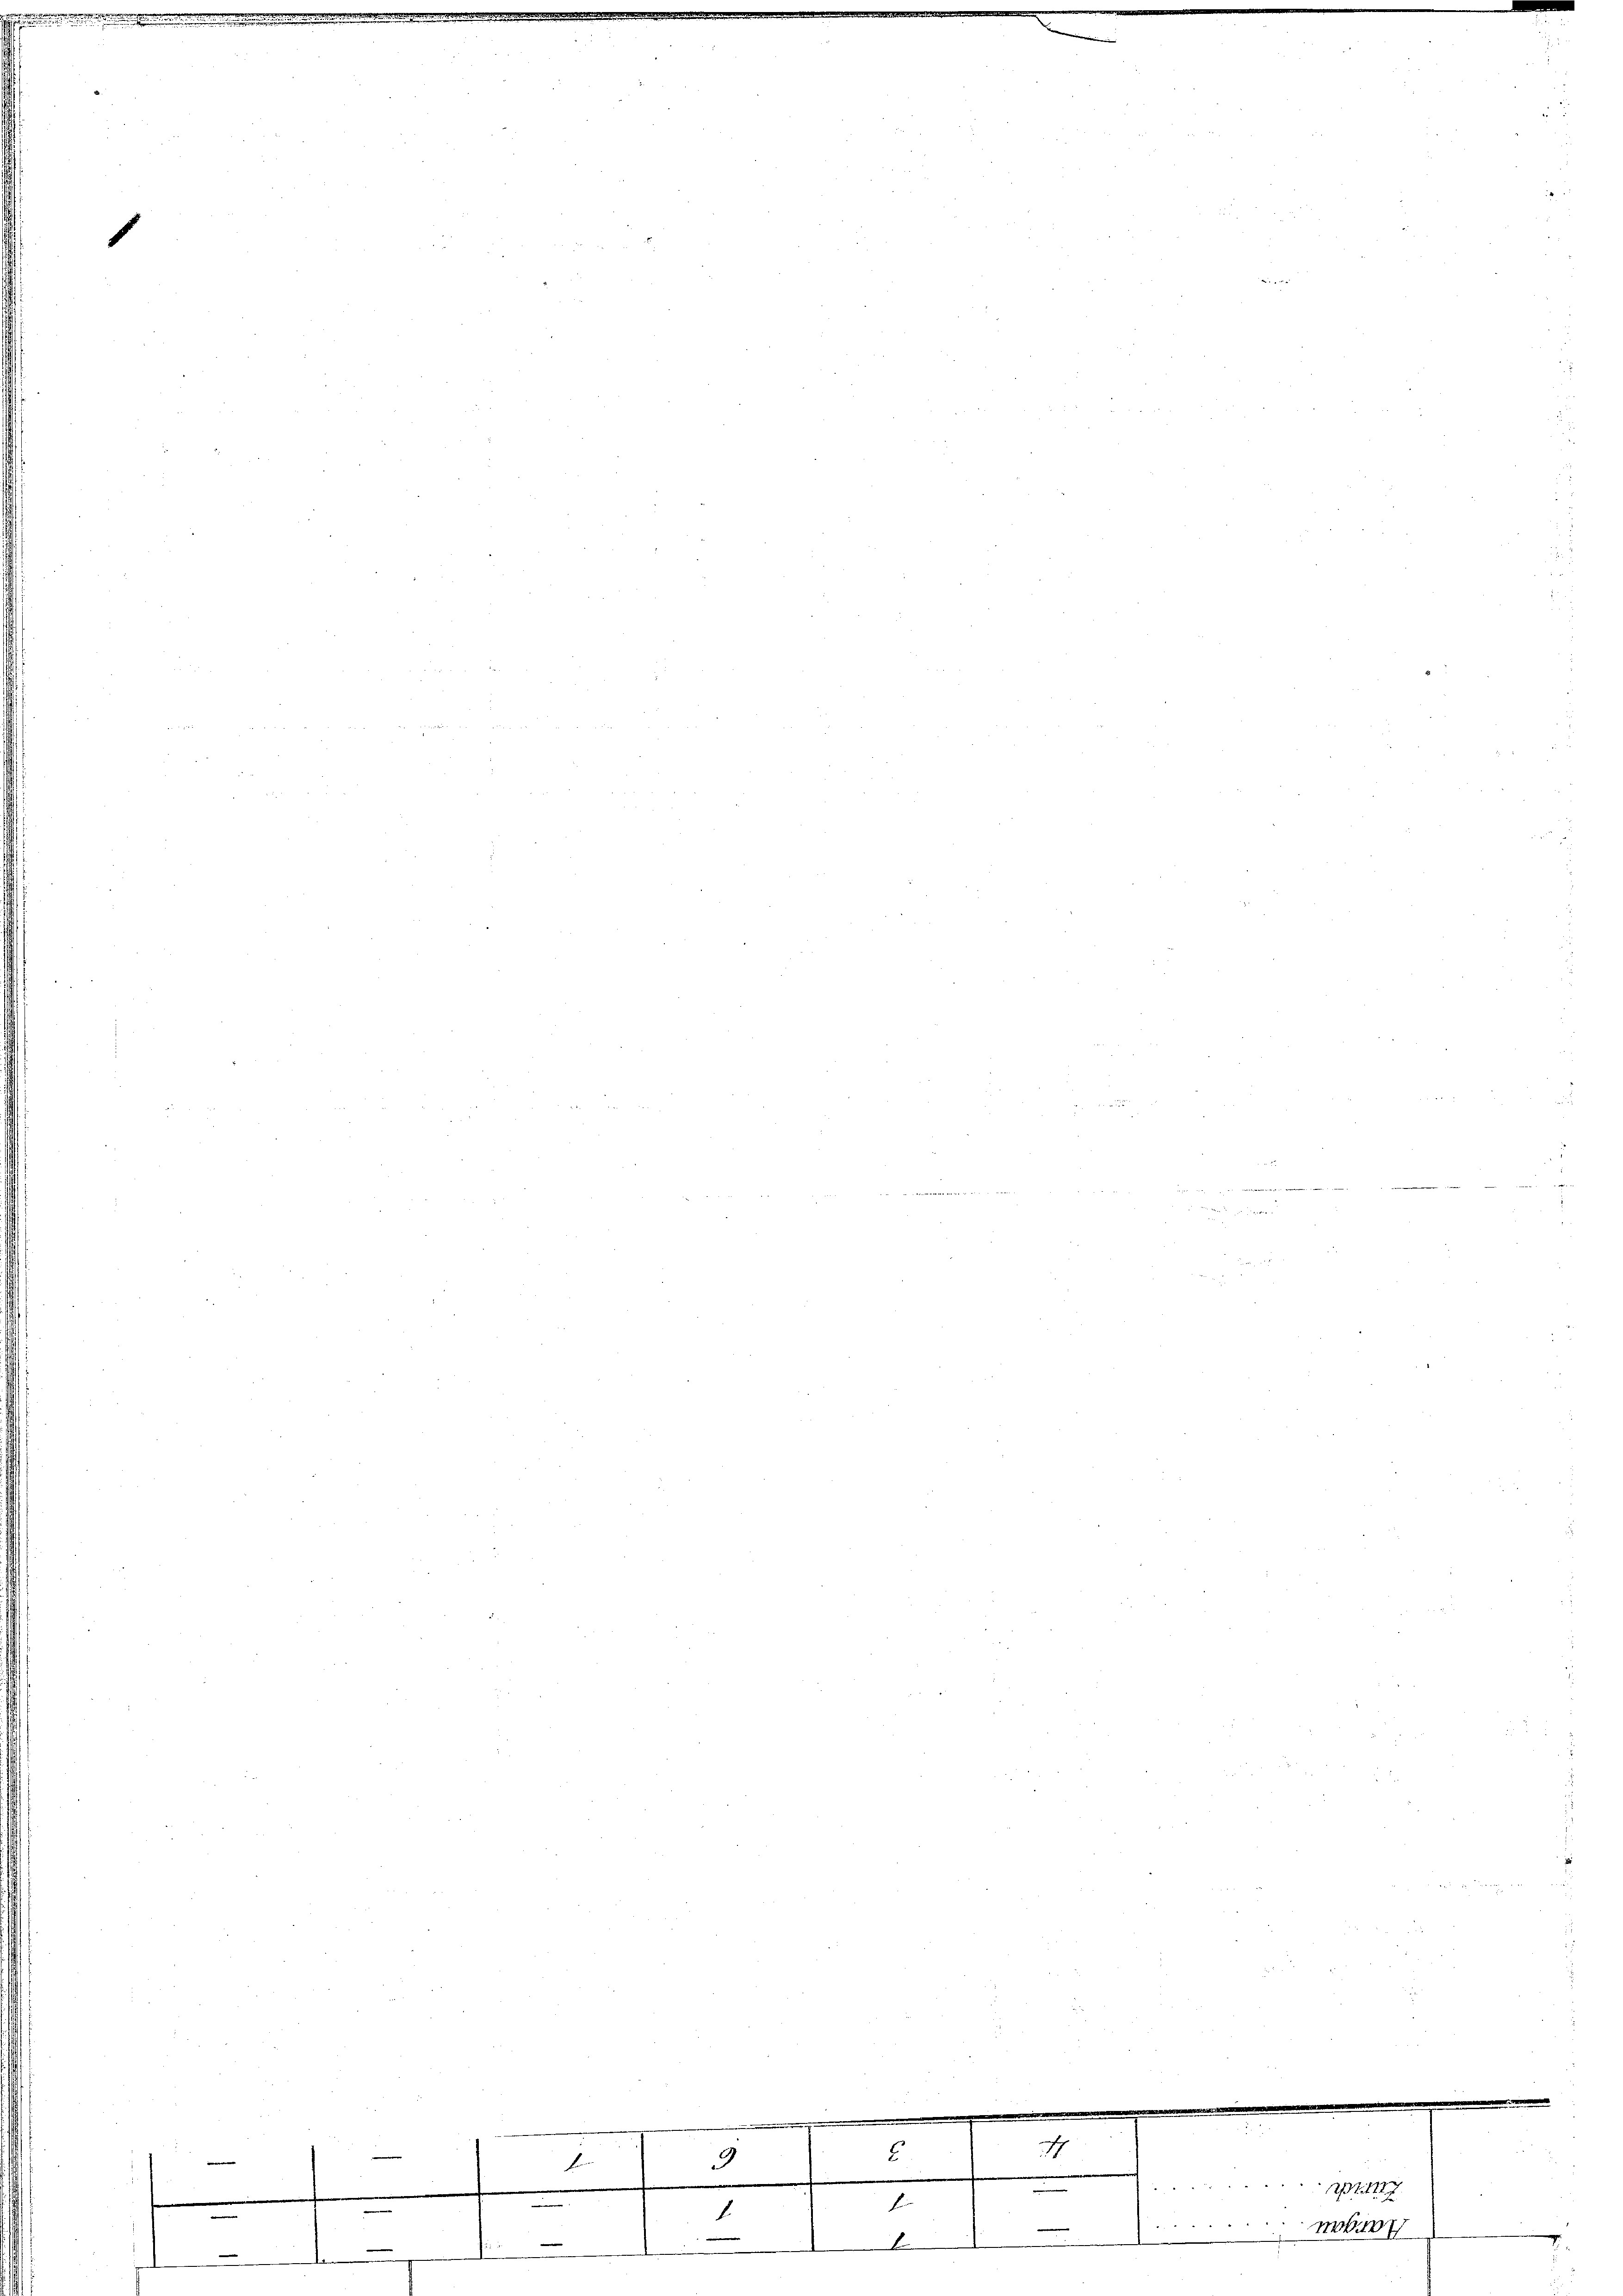
1

9
f
.

1.

.

.
f

I
I

1187.
M
.